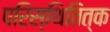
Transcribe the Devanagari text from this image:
परिस्थितित्क